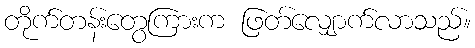
တိုက်တန်းတွေကြားက ဖြတ်လျှောက်လာသည်။